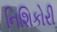
નિશિકોરી